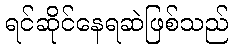
ရင်ဆိုင်နေရဆဲဖြစ်သည်